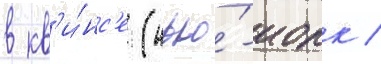
в кв'и́нс'е (нью́-иорк /